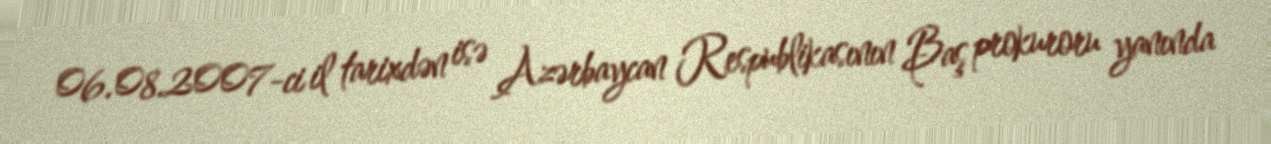
06.08.2007-ci il tarixdən isə Azərbaycan Respublikasının Baş prokuroru yanında